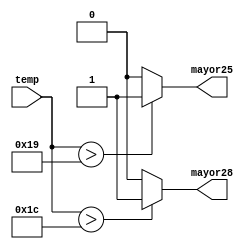
`timescale 1ns / 1ps
//////////////////////////////////////////////////////////////////////////////////
// Company: 
// Engineer: 
// 
// Design Name: 
// Module Name:    Comparador5b 
// Project Name: 
// Target Devices: 
// Tool versions: 
// Description: 
//
// Dependencies: 
//
// Revision: 
// Revision 0.01 - File Created
// Additional Comments: 
//
//////////////////////////////////////////////////////////////////////////////////
module Comparador5b( input wire [4:0]temp, output reg mayor25,mayor28
    );

//declaracion de seales
//localparam tempcrit= 5'd25;
//localparam tempcrit2= 5'd28;

// cuerpo 
   always @*
      if (temp > 5'd25)
         mayor25 <= 1'b1;
      else
         mayor25 <= 1'b0;
			
	 always @*
      if (temp > 5'd28)
         mayor28 <= 1'b1;
      else
         mayor28 <= 1'b0;
		
endmodule